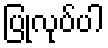
ပြုလုပ်ပါ